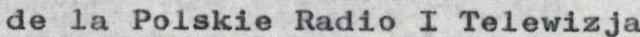
de la Polskie Radio I Telewizja